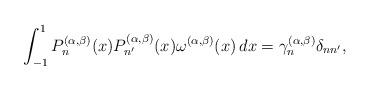
LaTeX: \begin{align*} \int_{-1}^1 {P}_n^{(\alpha,\beta)}(x) {P}_{n'}^{(\alpha,\beta)}(x) \omega^{(\alpha,\beta)}(x) \, dx= \gamma _n^{(\alpha,\beta)} \delta_{nn'},\end{align*}